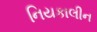
નિયકાલીન